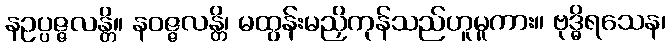
နဥပ္ပဇ္ဇလန္တိ။ နဝဇ္ဇလန္တိ၊ မထွန်းမညှိကုန်သည်ဟူမူကား။ ဗုဒ္ဓိရသေန၊